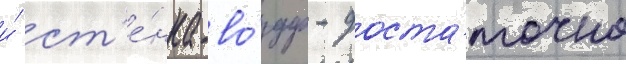
и́ ст'е́нка-во́здух - доста́точно